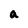
Character: a